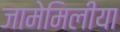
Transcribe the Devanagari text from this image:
जामेमिलीया